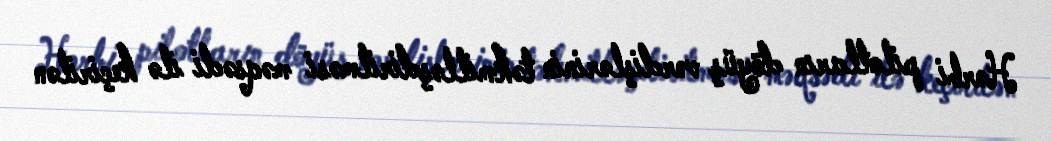
Hərbi pilotların döyüş vərdişlərinin təkmilləşdirilməsi məqsədi ilə keçirilən